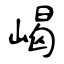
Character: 嵑